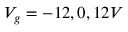
V _ { g } = - 1 2 , 0 , 1 2 V